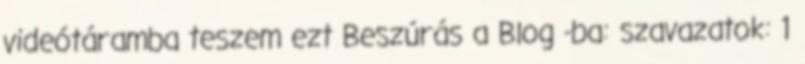
videótáramba teszem ezt Beszúrás a Blog -ba: szavazatok: 1